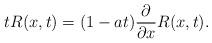
LaTeX: \begin{align*}t R(x,t) = (1-a t)\frac{\partial}{\partial x} R(x,t).\end{align*}